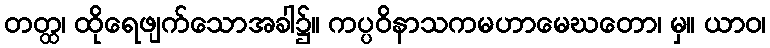
တတ္ထ၊ ထိုရေဖျက်သောအခါ၌။ ကပ္ပဝိနာသကမဟာမေဃတော၊ မှ။ ယာဝ၊